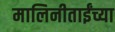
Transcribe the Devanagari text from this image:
मालिनीताईंच्या